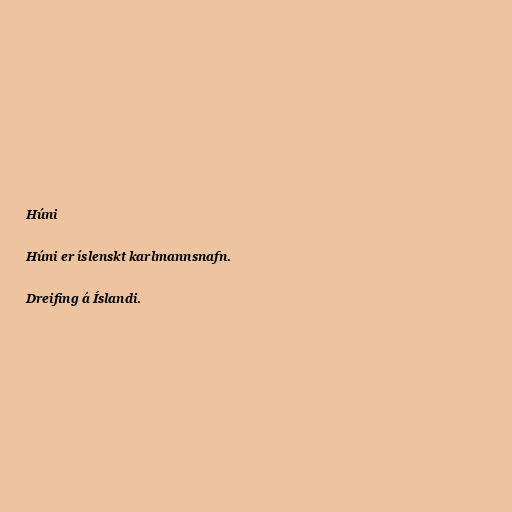
Húni

Húni er íslenskt karlmannsnafn.

Dreifing á Íslandi.